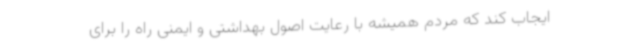
ایجاب کند که مردم همیشه با رعایت اصول بهداشتی و ایمنی راه را برای